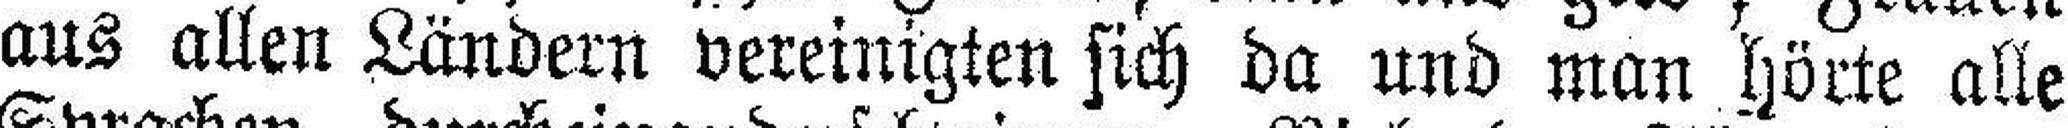
aus allen Ländern vereinigten sich da und man hörte alle